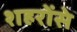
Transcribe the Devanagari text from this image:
शहरोंसे